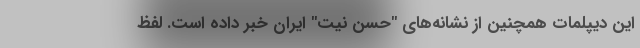
این دیپلمات همچنین از نشانه‌های "حسن نیت" ایران خبر داده است. لفظ